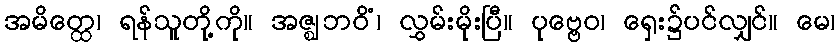
အမိတ္ထေ၊ ရန်သူတို့ကို။ အဇ္ဈဘဝိံ၊ လွှမ်းမိုးပြီ။ ပုဗ္ဗေဝ၊ ရှေး၌ပင်လျှင်။ မေ၊